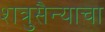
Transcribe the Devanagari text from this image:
शत्रुसैन्याचा